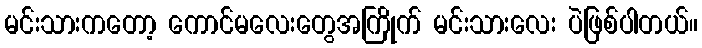
မင်းသားကတော့ ကောင်မလေးတွေအကြိုက် မင်းသားလေး ပဲဖြစ်ပါတယ်။